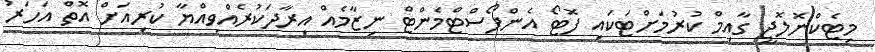
މިޓެކްނޮލޮޖީ ގާއިމް ކުރުމަށްޓަކައި ފޮޓޯ އެންފޯސްޓްމެންޓް ނިޒާމެއް އިރާދަކުރެއްވިއްޔާ ކުރިއަށް އޮތް އަހަރު